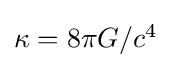
{\textstyle \kappa ={8\pi G}/{c^{4}}}